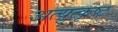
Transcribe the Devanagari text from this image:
अत्युुत्कृष्ट